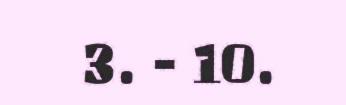
3. - 10.